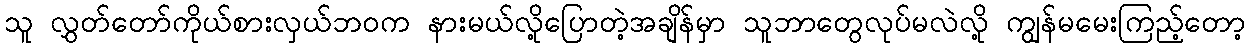
သူ လွှတ်တော်ကိုယ်စားလှယ်ဘ၀က နားမယ်လို့ပြောတဲ့အချိန်မှာ သူဘာတွေလုပ်မလဲလို့ ကျွန်မမေးကြည့်တော့